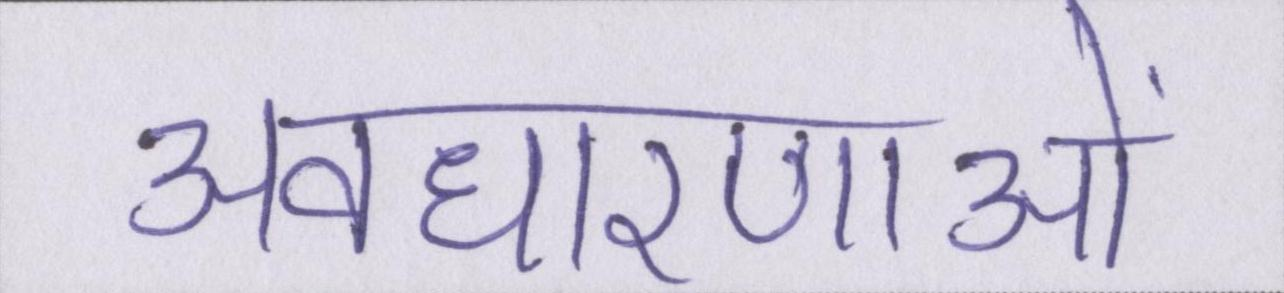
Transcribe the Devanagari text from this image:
अवधारणाओं